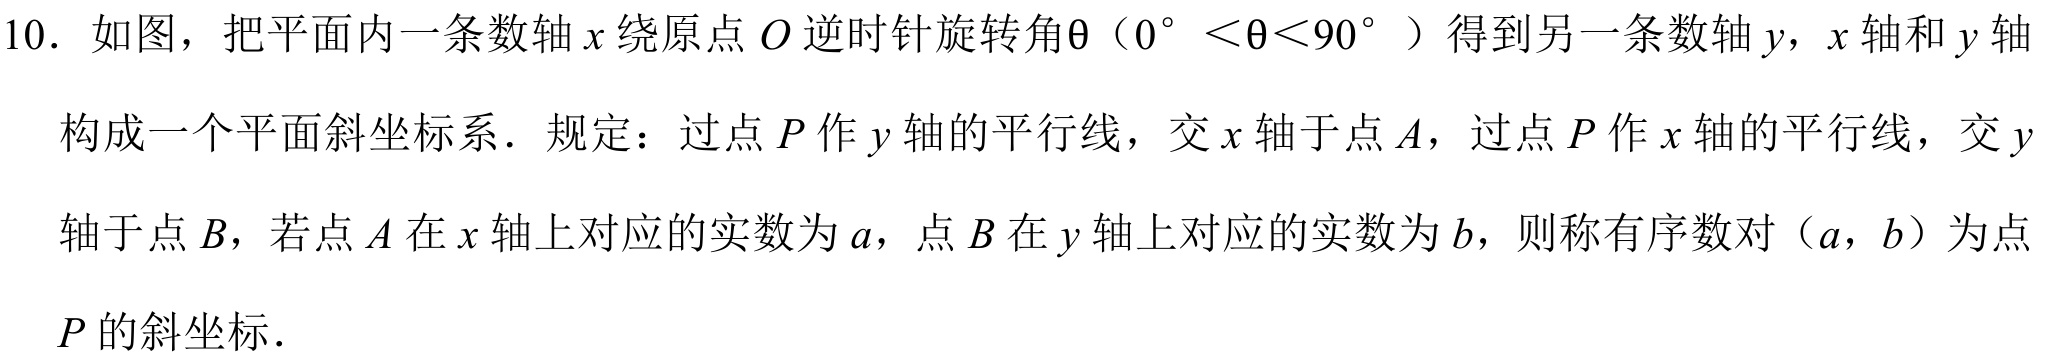
10. 如图，把平面内一条数轴\(x\)绕原点\(O\)逆时针旋转角\(\theta\)（\(0^{\circ}<\theta<90^{\circ}\)）得到另一条数轴\(y\)，\(x\)轴和\(y\)轴构成一个平面斜坐标系．规定：过点\(P\)作\(y\)轴的平行线，交\(x\)轴于点\(A\)，过点\(P\)作\(x\)轴的平行线，交\(y\)轴于点\(B\)，若点\(A\)在\(x\)轴上对应的实数为\(a\)，点\(B\)在\(y\)轴上对应的实数为\(b\)，则称有序数对（\(a\)，\(b\)）为点\(P\)的斜坐标．